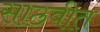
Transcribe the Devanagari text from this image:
साठवीत